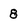
Character: 8